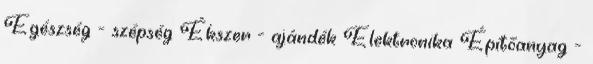
Egészség - szépség Ékszer - ajándék Elektronika Építőanyag -